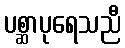
ပစ္ဆာပုရေသညီ